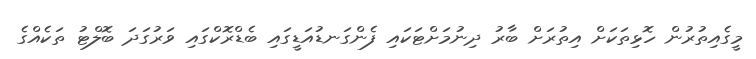
މީގެއިތުރުން ހޮޅިތަކަށް އިތުރަށް ބާރު ދިނުމަށްޓަކައި ފެންގަނޑުއަޑީގައި ބެޑްރޮކްގައި ވަރުގަދަ ބޮލްޓު ތަކެއްގެ